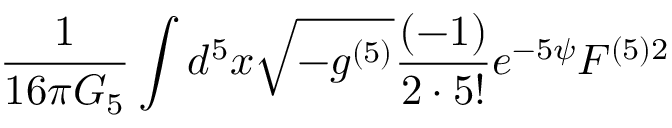
\frac { 1 } { 1 6 \pi G _ { 5 } } \int d ^ { 5 } x \sqrt { - g ^ { ( 5 ) } } \frac { ( - 1 ) } { 2 \cdot 5 ! } e ^ { - 5 \psi } F ^ { ( 5 ) 2 }